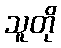
သူတို